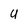
Character: U